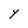
Character: Y